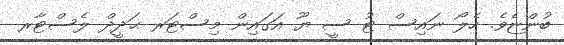
ބުންޏެވެ. ހެލޯ ނައިސް ޓު ސީ ޔޫ އަގައިން މިސްޓަރ ޙަދީދް ލެސްޓާރ